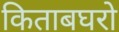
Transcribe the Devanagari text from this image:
किताबघरो